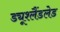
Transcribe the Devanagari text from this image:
ड्यूश्लैंडलेड